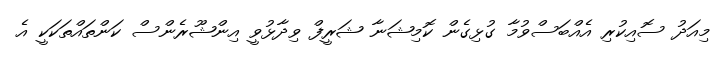
މިއަދު ސޮއިކުރި އެއްބަސްވުމާ ގުޅިގެން ކޮމިޝަނާ ޝަރީފް ވިދާޅުވީ އިންޝޫރެންސް ކަންތައްތަކަކީ އެ